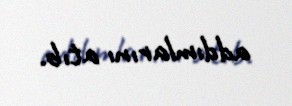
addımlarını atıb.